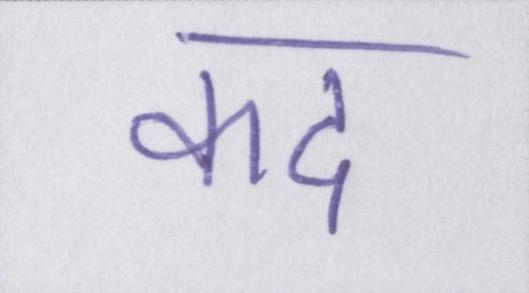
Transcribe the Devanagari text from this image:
कद